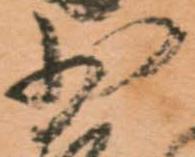
少